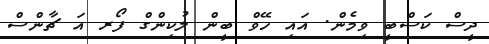
ދީސް ކަސްބީ ވިމެން. އައި ހޭވް ބީން ލުކިންގް ފޯރ އަ ޗާންސް